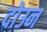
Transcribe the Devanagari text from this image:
दोउन